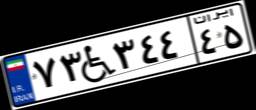
۷۳W۳۴۴۴۵